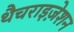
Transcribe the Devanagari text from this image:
थैचराइज़ेशन